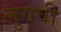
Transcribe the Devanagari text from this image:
लुगवी